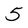
Character: 5